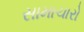
સામાચારો